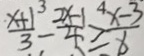
\frac { x + 1 ^ { 3 } } { 3 } - \frac { 2 x - 1 } { 4 } \geq \frac { 4 x - 3 } { x }